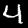
Digit: 4